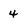
Character: 4